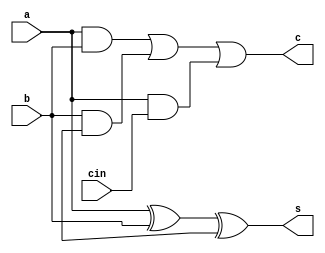
`timescale 1ns / 1ps
//////////////////////////////////////////////////////////////////////////////////
// Company: 
// Engineer: 
// 
// Design Name: 
// Module Name:    fa 
// Project Name: 
// Target Devices: 
// Tool versions: 
// Description: 
//
// Dependencies: 
//
// Revision: 
// Revision 0.01 - File Created
// Additional Comments: 
//
//////////////////////////////////////////////////////////////////////////////////
module fulladder(s,c,a,b,cin);
input a,b,cin;
output s,c;
xor a1(s,a,b,in);
and a2(w0,a,b);
and a3(w1,b,in) ;
and a4(w2,a,cin);
or a5(c,w0,w1,w2);

endmodule